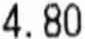
4.80